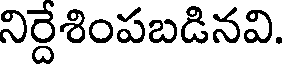
నిర్దేశింపబడినవి.